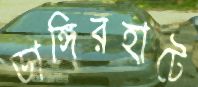
ডাঙ্গিরহাটে